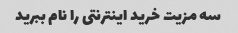
سه مزیت خرید اینترنتی را نام ببرید